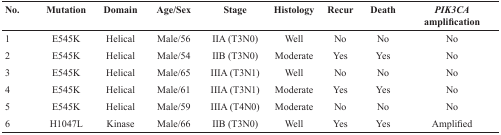
<table><thead><tr><td><b>No.</b></td><td><b>Mutation</b></td><td><b>Domain</b></td><td><b>Age/Sex</b></td><td><b>Stage</b></td><td><b>Histology</b></td><td><b>Recur</b></td><td><b>Death</b></td><td><b><i>PIK3CA</i> amplification</b></td></tr></thead><tbody><tr><td>1</td><td>E545K</td><td>Helical</td><td>Male/56</td><td>IIA (T3N0)</td><td>Well</td><td>No</td><td>No</td><td>No</td></tr><tr><td>2</td><td>E545K</td><td>Helical</td><td>Male/54</td><td>IIB (T3N0)</td><td>Moderate</td><td>Yes</td><td>Yes</td><td>No</td></tr><tr><td>3</td><td>E545K</td><td>Helical</td><td>Male/65</td><td>IIIA (T3N1)</td><td>Well</td><td>No</td><td>No</td><td>No</td></tr><tr><td>4</td><td>E545K</td><td>Helical</td><td>Male/61</td><td>IIIA (T3N1)</td><td>Moderate</td><td>Yes</td><td>Yes</td><td>No</td></tr><tr><td>5</td><td>E545K</td><td>Helical</td><td>Male/59</td><td>IIIA (T4N0)</td><td>Moderate</td><td>No</td><td>No</td><td>No</td></tr><tr><td>6</td><td>H1047L</td><td>Kinase</td><td>Male/66</td><td>IIB (T3N0)</td><td>Well</td><td>Yes</td><td>Yes</td><td>Amplified</td></tr></tbody></table>